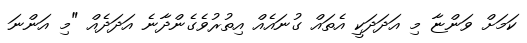
ކަމަށް ވަންޏާ މި އަދަދަކީ އެތައް ގުނައެއް އިތުރުވެެގެންދާނެ އަދަދެއް "މި އަންނަ